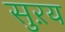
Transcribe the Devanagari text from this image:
सुऱय